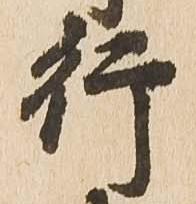
行